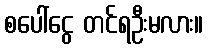
စပေါ်ငွေ တင်ရဦးမလား။